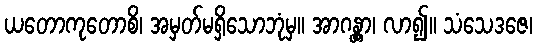
ယတောကုတောစိ၊ အမှတ်မရှိသောဘုံမှ။ အာဂန္တွာ၊ လာ၍။ သံသေဒဇေ၊